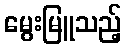
မွေးမြူသည့်